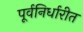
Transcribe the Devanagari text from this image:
पूर्वनिर्धारीत